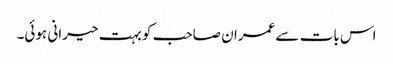
اس بات سے عمران صاحب کو بہت حیرانی ہوئی۔